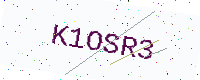
Text: K1OSR3